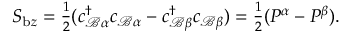
\begin{array} { r } { S _ { \mathrm { b } z } = \frac { 1 } { 2 } ( c _ { \mathcal { B } \alpha } ^ { \dagger } c _ { \mathcal { B } \alpha } - c _ { \mathcal { B } \beta } ^ { \dagger } c _ { \mathcal { B } \beta } ) = \frac { 1 } { 2 } ( P ^ { \alpha } - P ^ { \beta } ) . } \end{array}